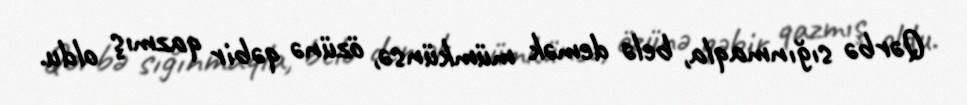
Qərbə sığınmaqla, belə demək mümkünsə, özünə qəbir qazmış oldu.